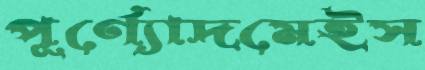
পূর্ণ্যোদমেইস